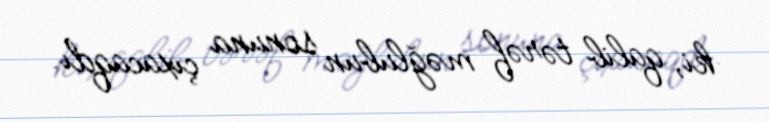
ki, qalib tərəf məğlubun sonuna çıxacaqdı.